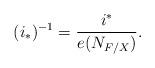
LaTeX: \begin{align*}(i_*)^{-1}=\frac{i^*}{e(N_{F/X})}.\end{align*}